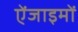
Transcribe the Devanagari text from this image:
ऐंजाइमों